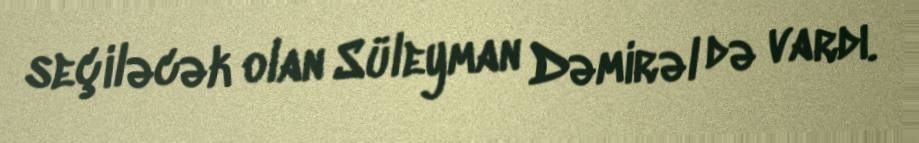
seçiləcək olan Süleyman Dəmirəl də vardı.